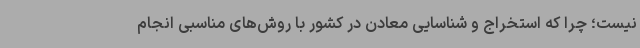
نیست؛ چرا که استخراج و شناسایی معادن در کشور با روش‌های مناسبی انجام